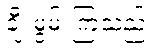
ချီးမွမ်းကြသည်